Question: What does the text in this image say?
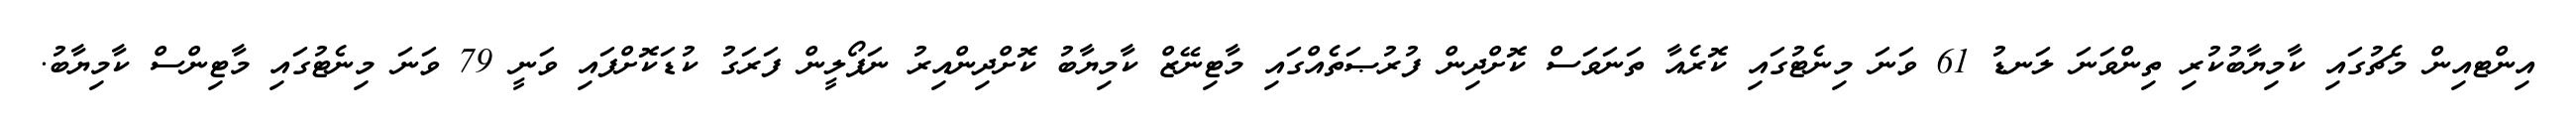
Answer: އިންޓއިން މެޗުގައި ކާމިޔާބުކުރި ތިންވަނަ ލަނޑު 61 ވަނަ މިނެޓުގައި ކޮރެއާ ތަނަވަސް ކޮށްދިން ފުރުޞަތެއްގައި މާޓިނޭޒް ކާމިޔާބު ކޮށްދިންއިރު ނަޕޯލީން ފަރަގު ކުޑަކޮށްފައި ވަނީ 79 ވަނަ މިނެޓުގައި މާޓިންސް ކާމިޔާބު.